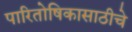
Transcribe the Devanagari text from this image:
पारितोषिकासाठीचे